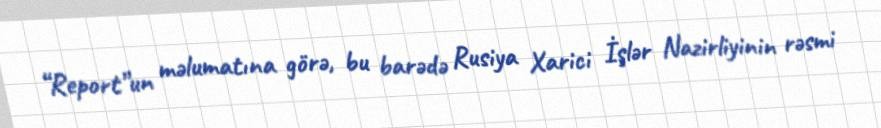
“Report”un məlumatına görə, bu barədə Rusiya Xarici İşlər Nazirliyinin rəsmi